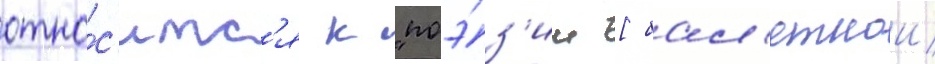
отно́с'итс'я к "поэ́з'ии [бал'етнои